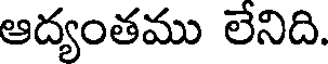
ఆద్యంతము లేనిది.